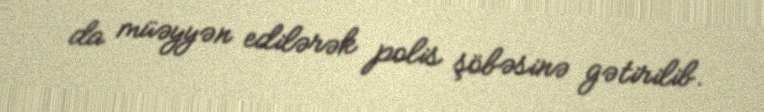
da müəyyən edilərək polis şöbəsinə gətirilib.